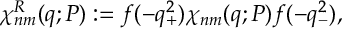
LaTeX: \chi _ { n m } ^ { R } ( q ; P ) : = f ( - q _ { + } ^ { 2 } ) \chi _ { n m } ( q ; P ) f ( - q _ { - } ^ { 2 } ) ,